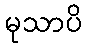
မုသာပိ